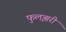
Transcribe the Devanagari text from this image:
फुलझरी